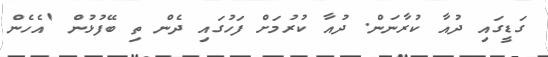
ގަޑީގައި ދުއާ ކުރާނަން. ދުއާ ކުރުމަށް ފަހުގައި ދެން ތި ބޭފުޅުން 'އެހެން